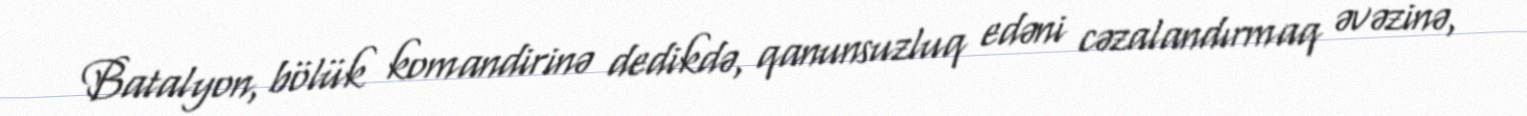
Batalyon, bölük komandirinə dedikdə, qanunsuzluq edəni cəzalandırmaq əvəzinə,